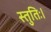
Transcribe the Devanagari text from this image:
स्तुतिः।